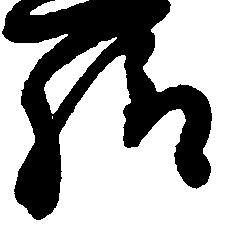
給